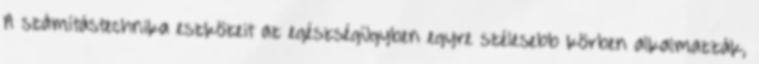
A számítástechnika eszközeit az egészségügyben egyre szélesebb körben alkalmazzák,